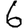
Digit: 6